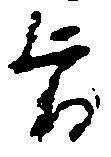
旨